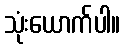
သုံးယောက်ပါ။